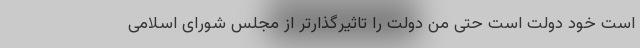
است خود دولت است حتی من دولت را تاثیرگذارتر از مجلس شورای اسلامی